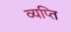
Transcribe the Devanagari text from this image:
व्यप्ति